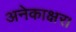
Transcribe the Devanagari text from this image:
अनेकाक्षर।